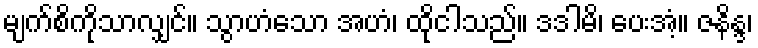
မျက်စိကိုသာလျှင်။ သွာဟံသော အဟံ၊ ထိုငါသည်။ ဒဒါမိ၊ ပေးအံ့။ ဇနိန္ဒ၊